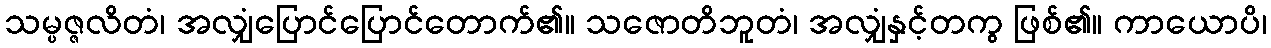
သမ္ပဇ္ဇလိတံ၊ အလျှံပြောင်ပြောင်တောက်၏။ သဇောတိဘူတံ၊ အလျှံနှင့်တကွ ဖြစ်၏။ ကာယောပိ၊